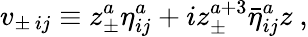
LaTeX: v_{\pm\, ij}\equiv z_{\pm}^{a}{\eta}_{ij}^{a}+iz_{\pm}^{a+3}{\bar{\eta}}_{ij}^{a}z\ ,